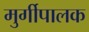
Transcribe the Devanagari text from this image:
मुर्गीपालक